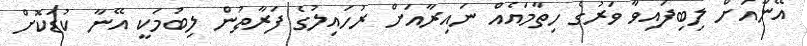
އޭނާއަށް ލިބިފައިވާ ވަރުގެ ހިތާމައެއް ނައިރާއަށް ރުހައިލުގެ ފަރާތުން ލިބުމަކީ އޭނާ ކުޑަކޮށް